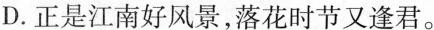
D.正是江南好风景，落花时节又逢君。